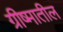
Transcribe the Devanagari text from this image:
ग्रीष्मातील